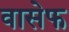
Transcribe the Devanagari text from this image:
वासेफ